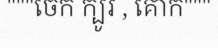
"""ចេក ក្បូរ , គោក"""